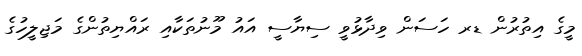
މީގެ އިތުރުން ޑރ ހަސަން ވިދާޅުވީ ސިޔާސީ އައު މޫނުތަކާއި ރައްޔިތުންގެ މަޖިލީހުގެ